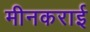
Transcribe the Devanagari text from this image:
मीनकराई